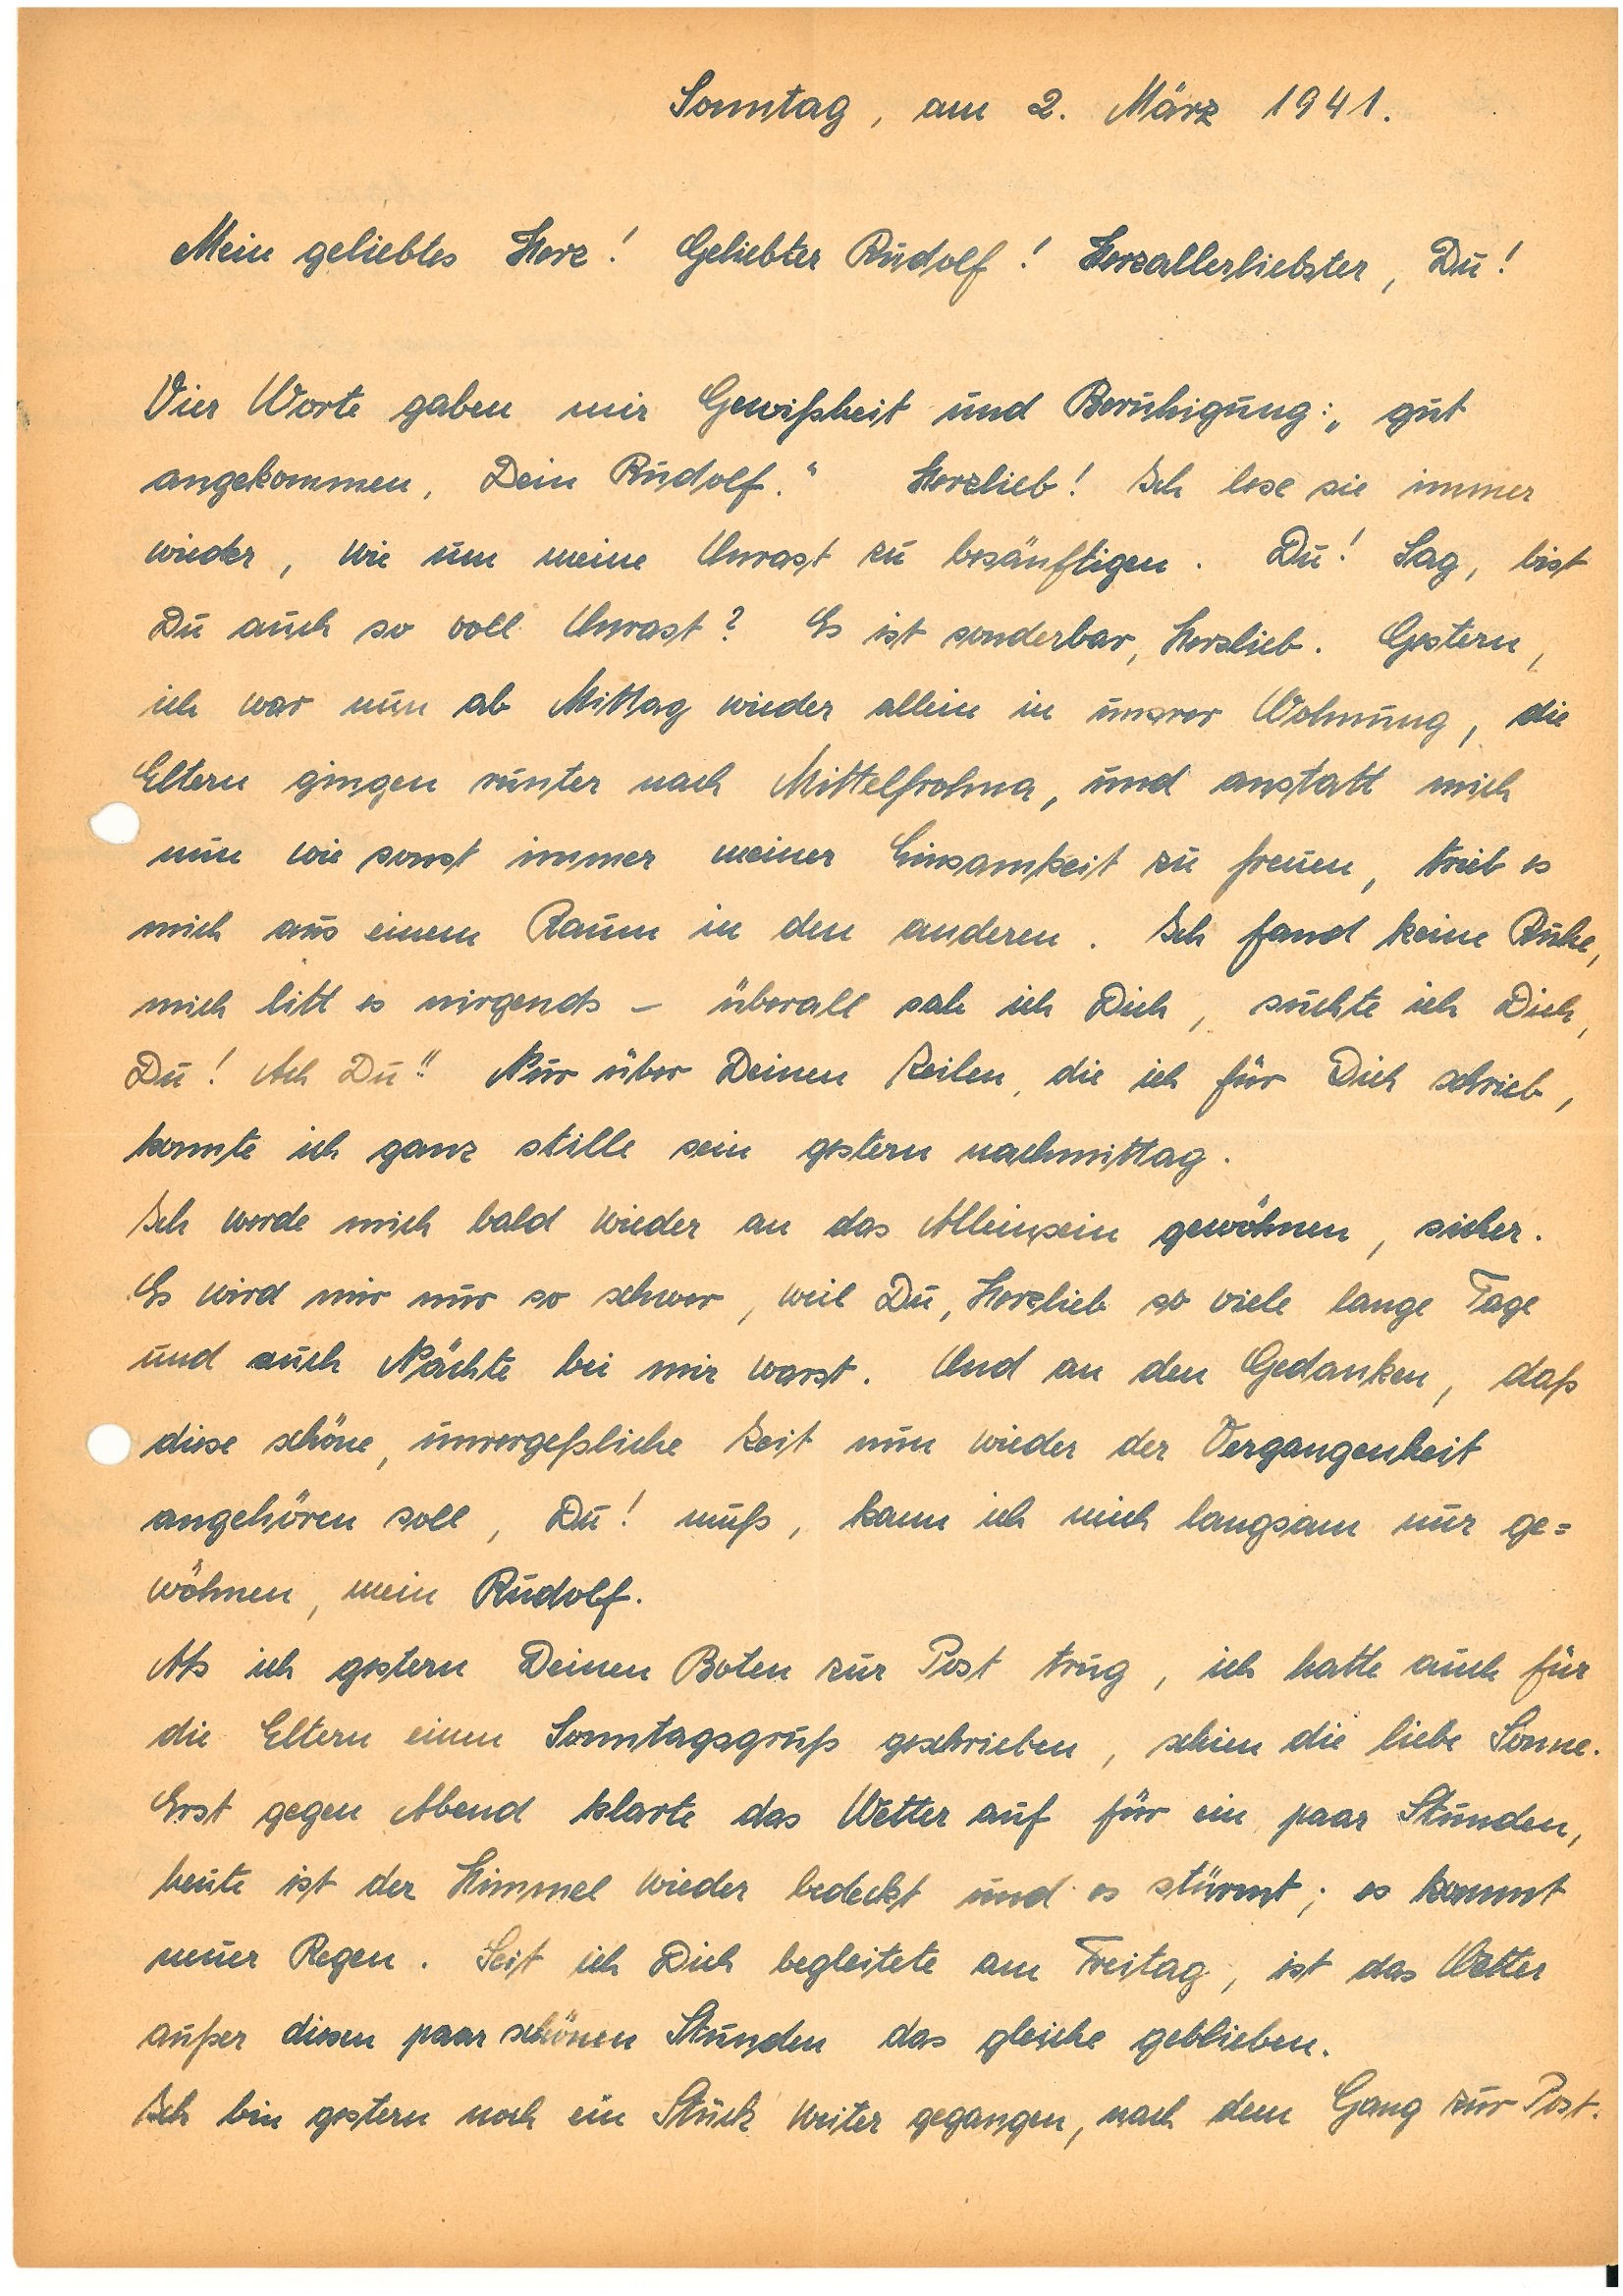
Sonntag, am 2. März 1941.
Mein geliebtes Herz! Geliebter ! Herzallerliebster, Du!
Vier Worte gaben mir Gewißheit und Beruhigung: „gut
angekommen, Dein .” Herzlieb! Ich lese sie immer
wieder, wie um meine Unrast zu besänftigen. Du! Sag, bist
Du auch so voll Unrast? Es ist sonderbar, Herzlieb. Gestern,
ich war nun ab Mittag wieder allein in unsrer Wohnung, die
Eltern gingen runter nach M., und anstatt mich
nun wie sonst immer meiner Einsamkeit zu freuen, trieb es
mich aus einem Raum in den anderen. Ich fand keine Ruhe,
mich litt es nirgends – überall sah ich Dich, suchte ich Dich,
Du! Ach Du!! Nur über Deinen Zeilen, die ich für Dich schrieb,
konnte ich ganz stille sein gestern nachmittag.
Ich werde mich bald wieder an das Alleinsein gewöhnen, sicher.
Es wird mir nur so schwer, weil Du, Herzlieb, so viele lange Tage
und auch Nächte bei mir warst. Und an den Gedanken, daß
diese schöne, unvergeßliche Zeit nun wieder der Vergangenheit
angehören soll, Du! muß, kann ich mich langsam nur ge¬
wöhnen, mein .
Als ich gestern Deinen Boten zur Post trug, ich hatte auch für
die Eltern einen Sonntagsgruß geschrieben, schien die liebe Sonne.
Erst gegen Abend klarte das Wetter auf für ein paar Stunden,
heute ist der Himmel wieder bedeckt und es stürmt; so kommt
neuer Regen. Seit ich Dich begleitete am Freitag, ist das Wetter
außer diesen paar schönen Stunden das gleiche geblieben.
Ich bin gestern noch ein Stück weiter gegangen, nach dem Gang zur Post.